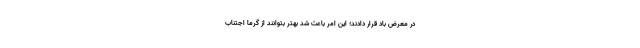
در معرض باد قرار دادند؛ این امر باعث شد بهتر بتوانند از گرما اجتناب